King Institute of Preventive Medicine Bacteriolog. Section reports 1907-08
Year: 1907
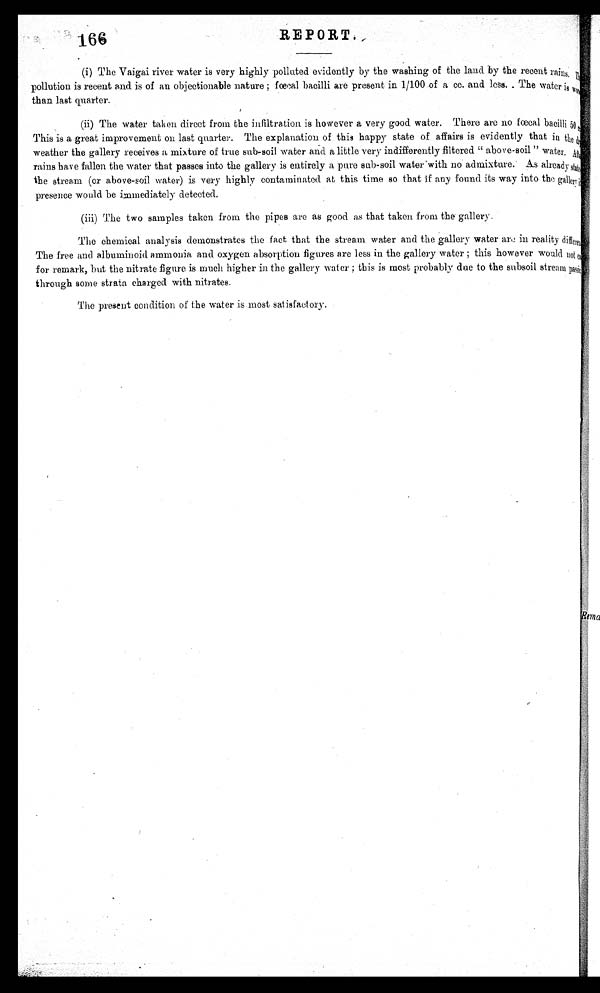
166
REPORT.
(i) The Vaigai river water is very highly polluted evidently by the washing of the land by the recent rains
pollution is recent and is of an objectionable nature ; fœcal bacilli are present in 1/100 of a cc. and less. The water is
than last quarter.
(ii) The water taken direct from the infiltration is however a very good water. There are no fœcal bacilli 50
This is a great improvement on last quarter. The explanation of this happy state of affairs is evidently that in the
weather the gallery receives a mixture of true sub-soil water and a little very indifferently filtered " above-soil " water
rains have fallen the water that passes into the gallery is entirely a pure sub-soil water with no admixture. As already
the stream (or above-soil water) is very highly contaminated at this time so that if any found its way into the galley
presence would be immediately detected.
(iii) The two samples taken from the pipes are as good as that taken from the gallery.
The chemical analysis demonstrates the fact that the stream water and the gallery water are in reality diffe
The free and albuminoid ammonia and oxygen absorption figures are less in the gallery water ; this however would not
for remark, but the nitrate figure is much higher in the gallery water ; this is most probably due to the subsoil stream
through some strata charged with nitrates.
The present condition of the water is most satisfaotory.